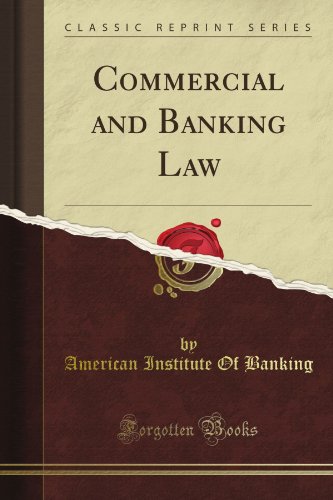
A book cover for Commercial and Banking Law (Classic Reprint); American Institute Of Banking; Law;